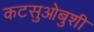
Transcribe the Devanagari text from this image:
कटसुओबुशी